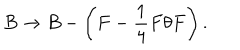
B \rightarrow B - \left( F - \frac { 1 } { 4 } F \theta F \right) .